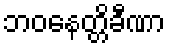
ဘဝနေတ္တိခီဏာ